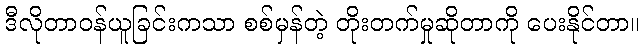
ဒီလိုတာဝန်ယူခြင်းကသာ စစ်မှန်တဲ့ တိုးတက်မှုဆိုတာကို ပေးနိုင်တာ။